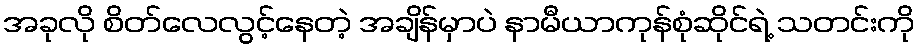
အခုလို စိတ်လေလွင့်နေတဲ့ အချိန်မှာပဲ နာမီယာကုန်စုံဆိုင်ရဲ့ သတင်းကို